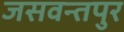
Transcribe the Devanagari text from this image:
जसवन्तपुर